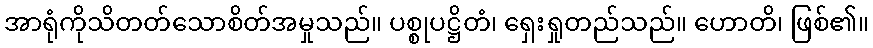
အာရုံကိုသိတတ်သောစိတ်အမှုသည်။ ပစ္စုပဋ္ဌိတံ၊ ရှေးရှုတည်သည်။ ဟောတိ၊ ဖြစ်၏။